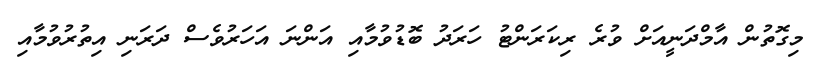
މިގޮތުން އާމްދަނީއަށް ވުރެ ރިކަރަންޓު ހަރަދު ބޮޑުވުމާއި އަންނަ އަހަރުވެސް ދަރަނި އިތުރުވުމާއި